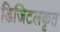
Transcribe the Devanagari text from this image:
डिजिटलकृत